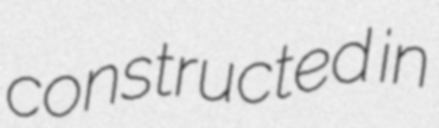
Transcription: constructed in